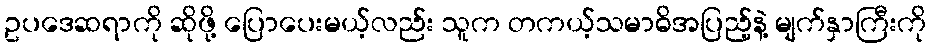
ဥပဒေဆရာကို ဆိုဖို့ ပြောပေးမယ့်လည်း သူက တကယ့်သမာဓိအပြည့်နဲ့ မျက်နှာကြီးကို